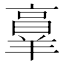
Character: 𦎫